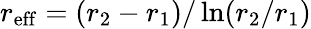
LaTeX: r_{\mathrm{eff}}=(r_{2}-r_{1})/\ln(r_{2}/r_{1})